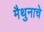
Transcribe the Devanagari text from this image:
मैथुनाचे